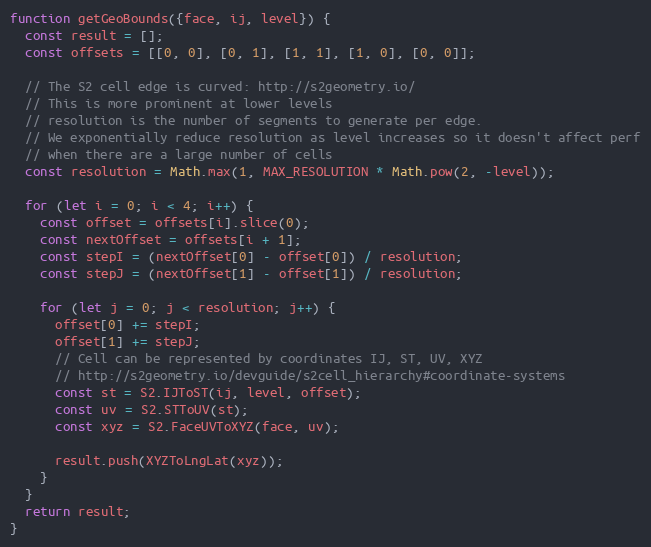
Language: JavaScript
function getGeoBounds({face, ij, level}) {
  const result = [];
  const offsets = [[0, 0], [0, 1], [1, 1], [1, 0], [0, 0]];

  // The S2 cell edge is curved: http://s2geometry.io/
  // This is more prominent at lower levels
  // resolution is the number of segments to generate per edge.
  // We exponentially reduce resolution as level increases so it doesn't affect perf
  // when there are a large number of cells
  const resolution = Math.max(1, MAX_RESOLUTION * Math.pow(2, -level));

  for (let i = 0; i < 4; i++) {
    const offset = offsets[i].slice(0);
    const nextOffset = offsets[i + 1];
    const stepI = (nextOffset[0] - offset[0]) / resolution;
    const stepJ = (nextOffset[1] - offset[1]) / resolution;

    for (let j = 0; j < resolution; j++) {
      offset[0] += stepI;
      offset[1] += stepJ;
      // Cell can be represented by coordinates IJ, ST, UV, XYZ
      // http://s2geometry.io/devguide/s2cell_hierarchy#coordinate-systems
      const st = S2.IJToST(ij, level, offset);
      const uv = S2.STToUV(st);
      const xyz = S2.FaceUVToXYZ(face, uv);

      result.push(XYZToLngLat(xyz));
    }
  }
  return result;
}